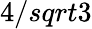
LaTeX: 4/sqrt{3}